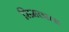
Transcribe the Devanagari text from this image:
सिमलाला